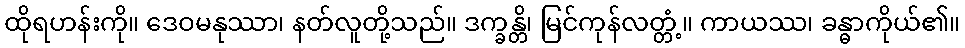
ထိုရဟန်းကို။ ဒေဝမနုဿာ၊ နတ်လူတို့သည်။ ဒက္ခန္တိ၊ မြင်ကုန်လတ္တံ့။ ကာယဿ၊ ခန္ဓာကိုယ်၏။